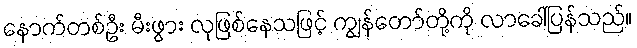
နောက်တစ်ဦး မီးဖွား လုဖြစ်နေသဖြင့် ကျွန်တော်တို့ကို လာခေါ်ပြန်သည်။